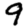
Digit: 9